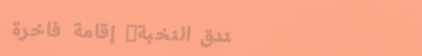
فندق النخبة: إقامة فاخرة